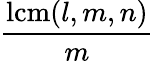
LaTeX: \frac{\operatorname{lcm}(l,m,n)}{m}